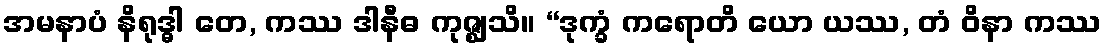
အမနာပံ နိရုဒ္ဓါ တေ, ကဿ ဒါနီဓ ကုဇ္ဈသိ။ “ဒုက္ခံ ကရောတိ ယော ယဿ, တံ ဝိနာ ကဿ